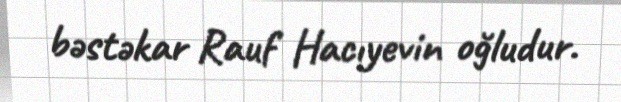
bəstəkar Rauf Hacıyevin oğludur.